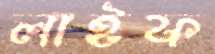
লাইফ